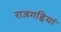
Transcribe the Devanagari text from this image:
राजगद्दियां